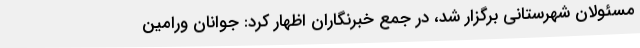
مسئولان شهرستانی برگزار شد، در جمع خبرنگاران اظهار کرد: جوانان ورامین